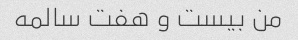
من بیست و هفت سالمه